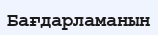
Бағдарламанын